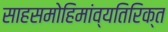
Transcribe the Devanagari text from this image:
साहसमोहिमांव्यतिरिक्त